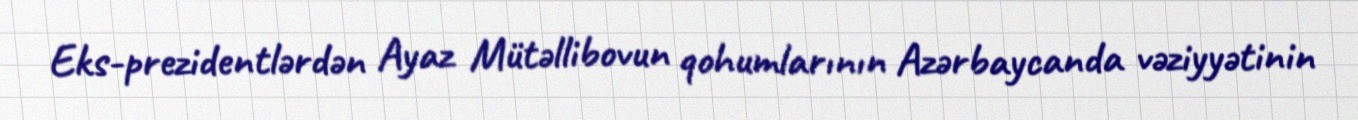
Eks-prezidentlərdən Ayaz Mütəllibovun qohumlarının Azərbaycanda vəziyyətinin